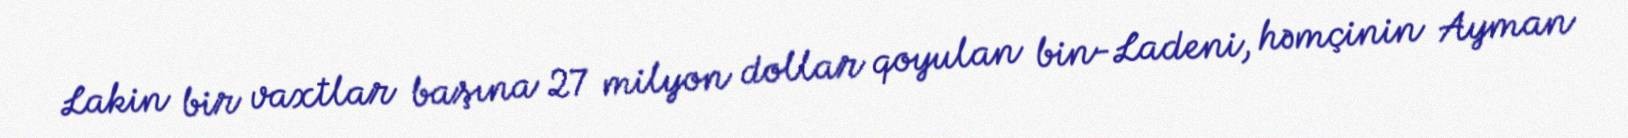
Lakin bir vaxtlar başına 27 milyon dollar qoyulan bin-Ladeni, həmçinin Ayman